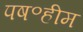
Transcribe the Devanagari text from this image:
पष॰हीम